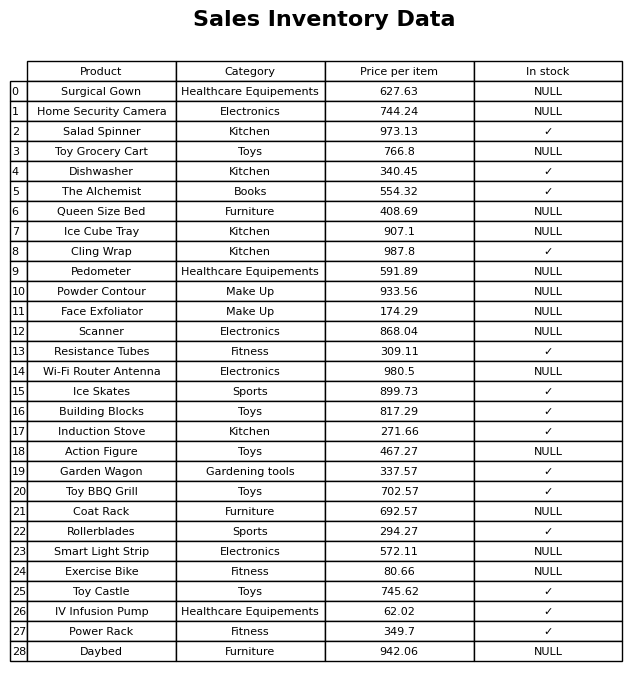
question: What is the price of the Toy BBQ Grill?
answer: The price of Toy BBQ Grill is 702.57.